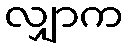
လျှာက